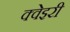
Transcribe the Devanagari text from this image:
क्वेइरी